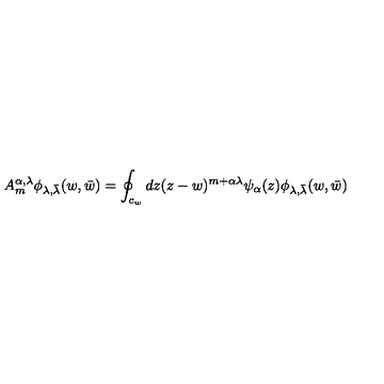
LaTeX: A _ { m } ^ { \alpha , \lambda } \phi _ { \lambda , \bar { \lambda } } ( w , \bar { w } ) = \oint _ { c _ { w } } d z ( z - w ) ^ { m + \alpha \lambda } \psi _ { \alpha } ( z ) \phi _ { \lambda , \bar { \lambda } } ( w , \bar { w } )